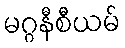
မဂ္ဂနီစီယမ်